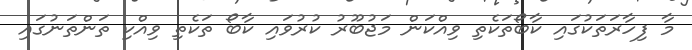
މާ ފިހާރަތަކުގައި ކާބޯތަކެތި ވިއްކަން މަޖުބޫރު ކުރުވައި ކާބޯ ތަކެތި ވިއްކި ތަންތަނުގައި